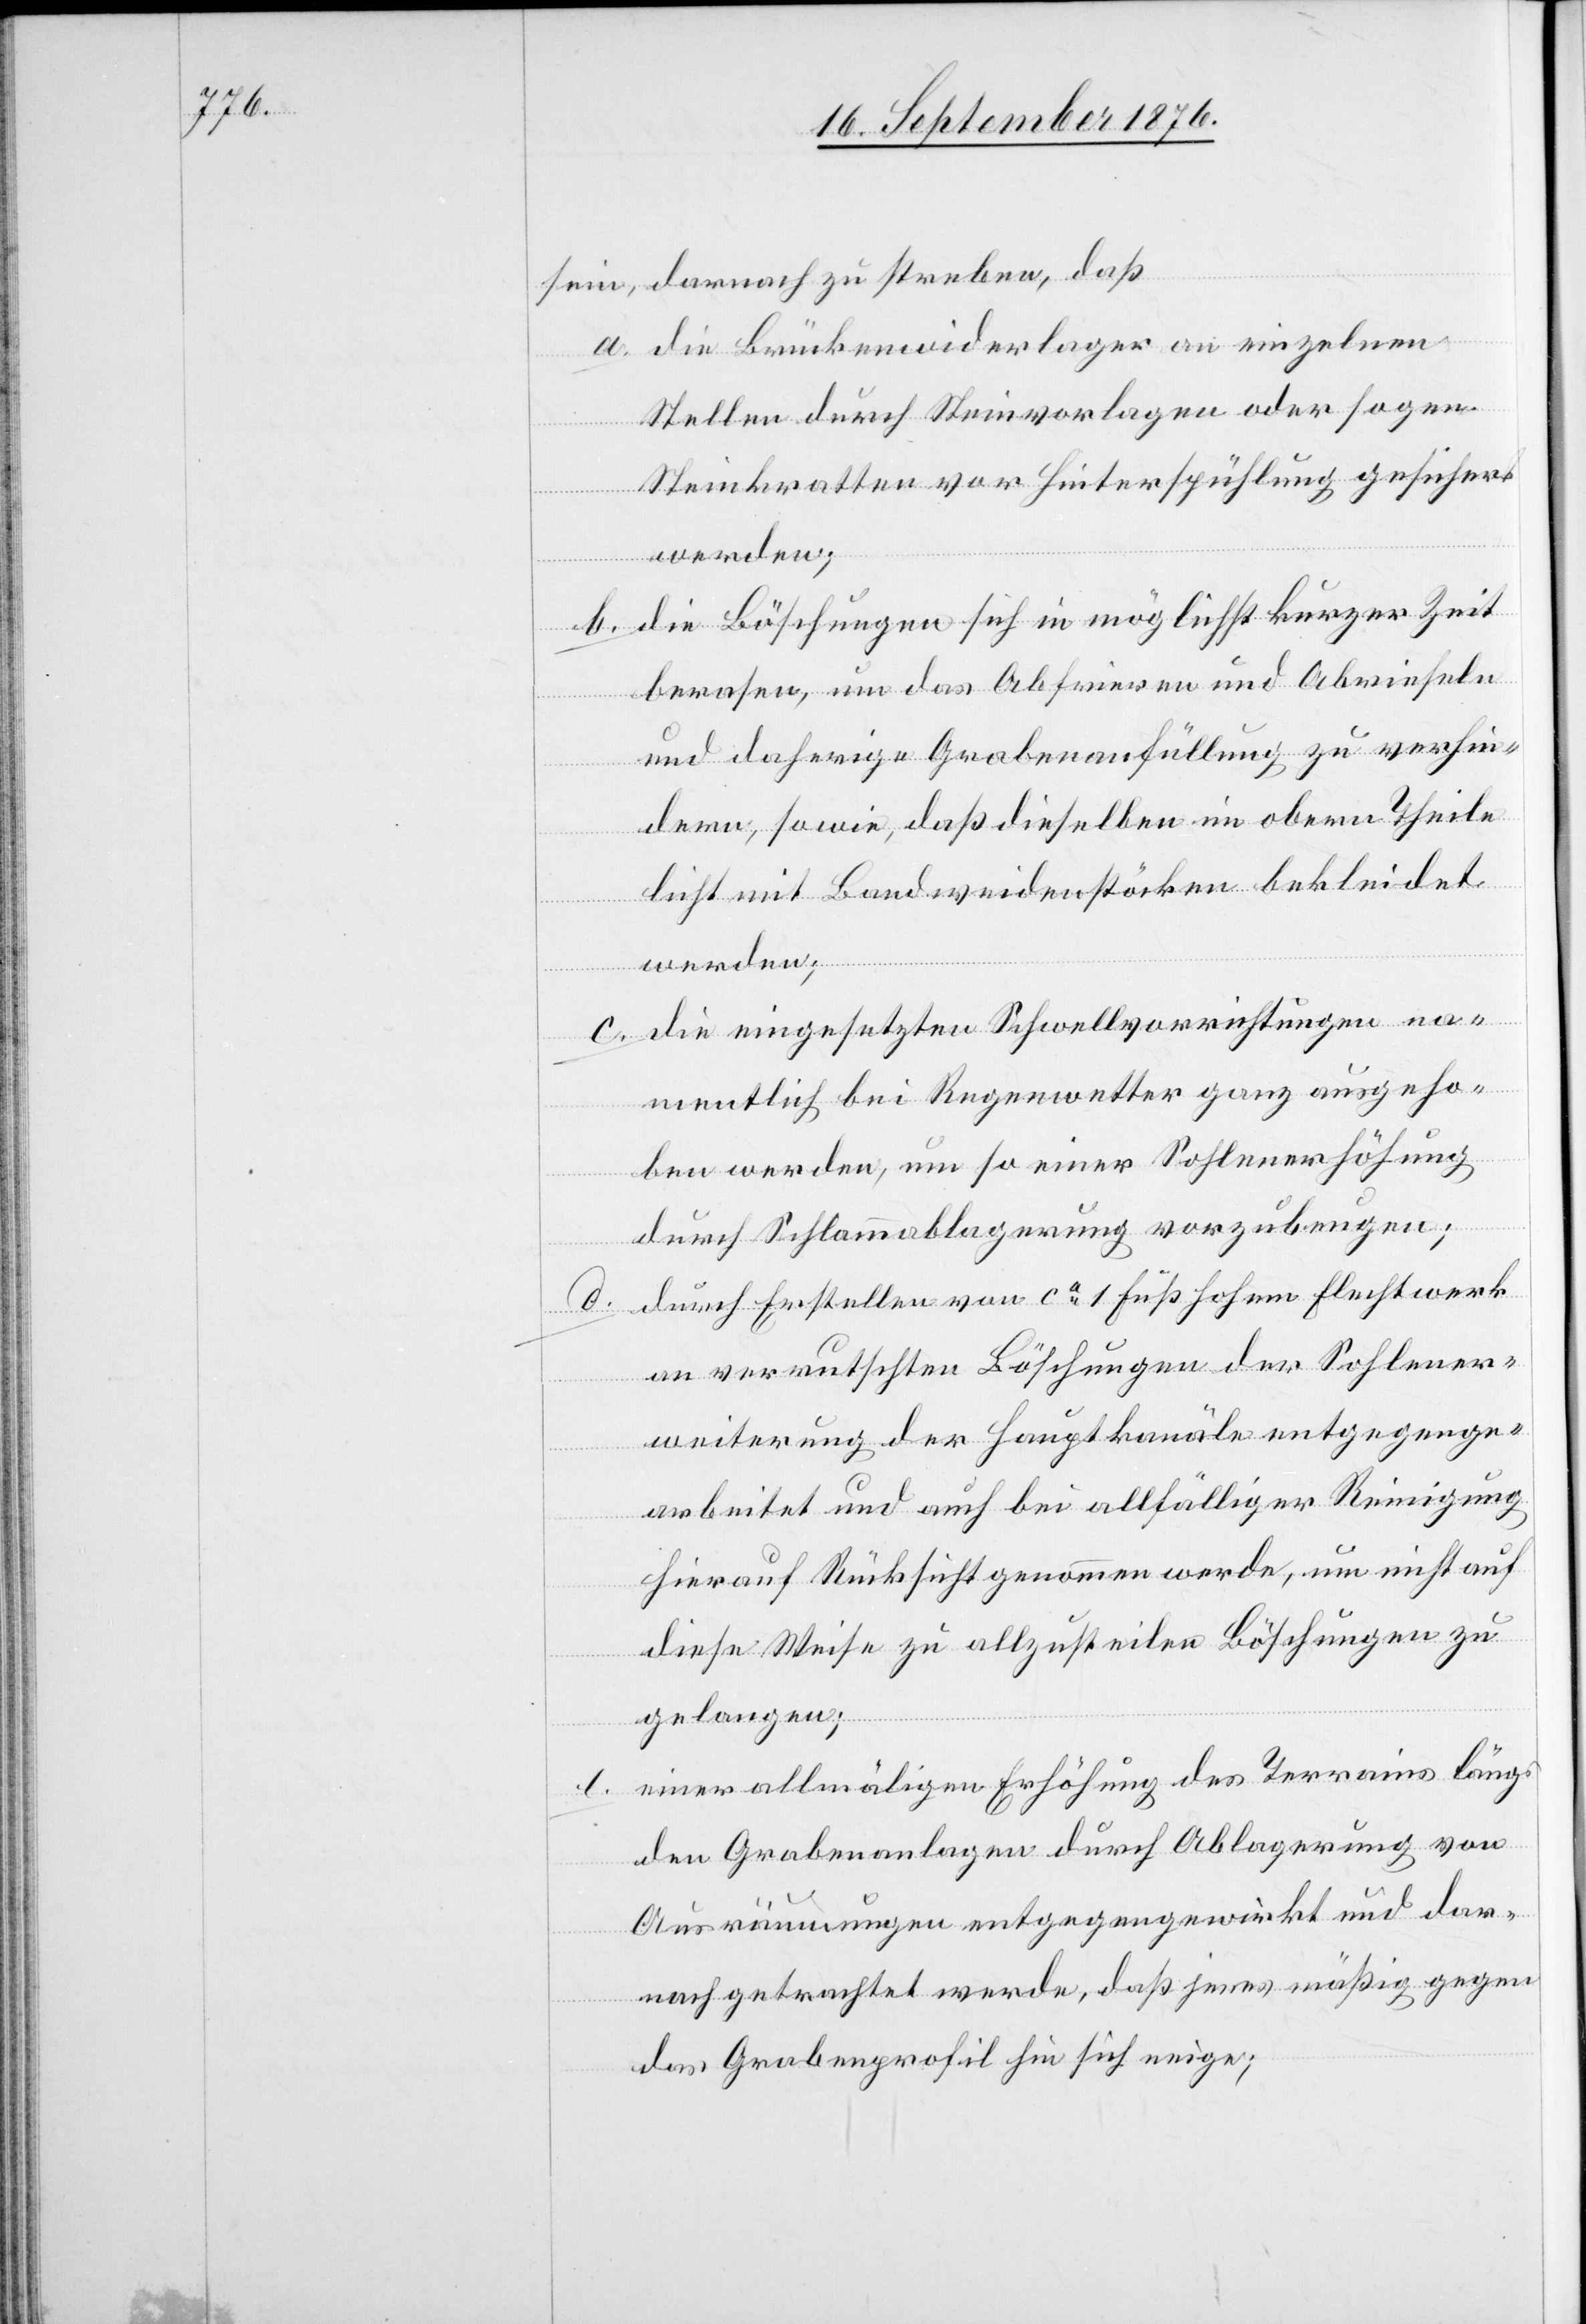
d.

sein, darnach zu streben, daß
a. die Brückenwiderlager an einzelnen
Stellen durch Steinvorlagen oder sogen.
Steinkratten vor Hinterspühlung gesichert
werden;
b. die Böschungen sich in möglichst kurzer Zeit
berasen, um das Abfrieren und Abrieseln
und daherige Grabenanfüllung zu verhin¬
dern, sowie, daß dieselben im obern Theile
leicht mit Landweidenstöcken bekleidet
werden;
c. die eingesetzten Schwellvorrichtungen ve¬
rmutlich bei Regenwetter ganz ausgeho¬
ben werden, um so einer Sohlenerhöhung
durch Schlammablagerung vorzubeugen;
durch Erstellen von ca 1 Fuß hohem Flechtwerk
an verrutschten Böschungen der Sohlener¬
weiterung der Hauptkanäle entgegenge¬
arbeitet und auch bei allfälliger Reinigung
hierauf Rücksicht genommen werde, um nicht auf
diese Weise zu allzusteilen Böschungen zu
gelangen;
einer allmäligen Erhöhung des Terrains längs
den Grabenanlagen durch Ablagerung von
Ausräumungen entgegengewirkt und dar¬
nach getrachtet werde, daß jenes mäßig gegen
das Grabenprofil hin sich neige;